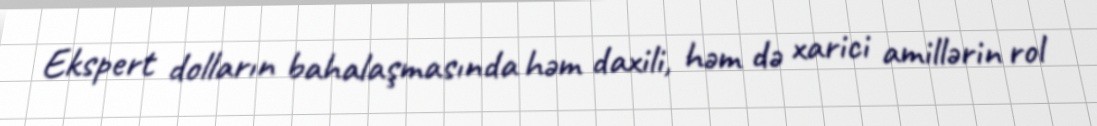
Ekspert dolların bahalaşmasında həm daxili, həm də xarici amillərin rol